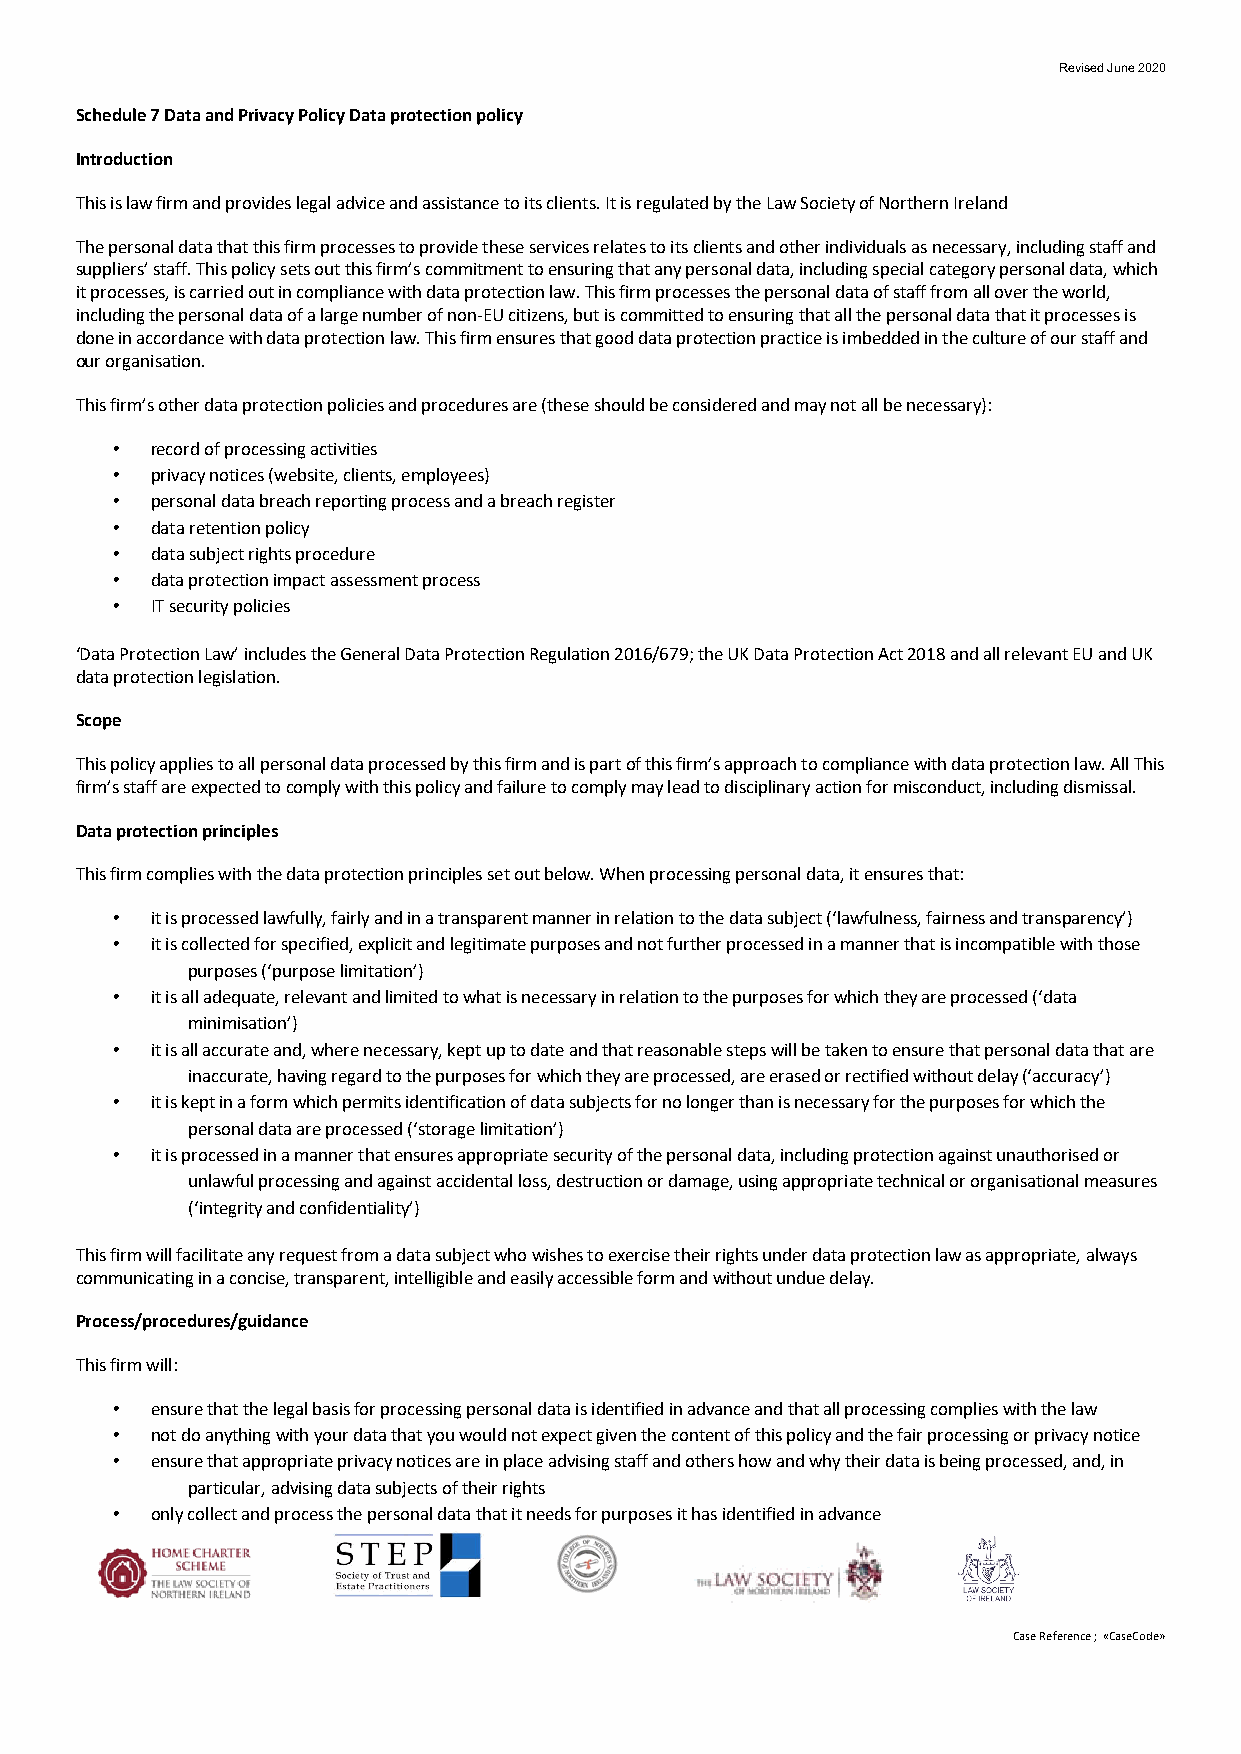
Revised June 2020
 Schedule 7 Data and Privacy Policy Data protection policy
 Introduction
 This is law firm and provides legal advice and assistance to its clients. It is regulated by the Law Society of Northern Ireland
 The personal data that this firm processes to provide these services relates to its clients and other individuals as necessary, including staff and
 suppliers’ staff. This policy sets out this firm’s commitment to ensuring that any personal data, including special category personal data, which
 it processes, is carried out in compliance with data protection law. This firm processes the personal data of staff from all over the world,
 including the personal data of a large number of non-EU citizens, but is committed to ensuring that all the personal data that it processes is
 done in accordance with data protection law. This firm ensures that good data protection practice is imbedded in the culture of our staff and
 our organisation.
 This firm’s other data protection policies and procedures are (these should be considered and may not all be necessary):
 •  record of processing activities
 •  privacy notices (website, clients, employees)
 •  personal data breach reporting process and a breach register
 •  data retention policy
 •  data subject rights procedure
 •  data protection impact assessment process
 •  IT security policies
 ‘Data Protection Law’ includes the General Data Protection Regulation 2016/679; the UK Data Protection Act 2018 and all relevant EU and UK
 data protection legislation.
 Scope
 This policy applies to all personal data processed by this firm and is part of this firm’s approach to compliance with data protection law. All This
 firm’s staff are expected to comply with this policy and failure to comply may lead to disciplinary action for misconduct, including dismissal.
 Data protection principles
 This firm complies with the data protection principles set out below. When processing personal data, it ensures that:
 •  it is processed lawfully, fairly and in a transparent manner in relation to the data subject (‘lawfulness, fairness and transparency’)
 •  it is collected for specified, explicit and legitimate purposes and not further processed in a manner that is incompatible with those
 purposes (‘purpose limitation’)
 •  it is all adequate, relevant and limited to what is necessary in relation to the purposes for which they are processed (‘data
 minimisation’)
 •  it is all accurate and, where necessary, kept up to date and that reasonable steps will be taken to ensure that personal data that are
 inaccurate, having regard to the purposes for which they are processed, are erased or rectified without delay (‘accuracy’)
 •  it is kept in a form which permits identification of data subjects for no longer than is necessary for the purposes for which the
 personal data are processed (‘storage limitation’)
 •  it is processed in a manner that ensures appropriate security of the personal data, including protection against unauthorised or
 unlawful processing and against accidental loss, destruction or damage, using appropriate technical or organisational measures
 (‘integrity and confidentiality’)
 This firm will facilitate any request from a data subject who wishes to exercise their rights under data protection law as appropriate, always
 communicating in a concise, transparent, intelligible and easily accessible form and without undue delay.
 Process/procedures/guidance
 This firm will:
 •  ensure that the legal basis for processing personal data is identified in advance and that all processing complies with the law
 •  not do anything with your data that you would not expect given the content of this policy and the fair processing or privacy notice
 •  ensure that appropriate privacy notices are in place advising staff and others how and why their data is being processed, and, in
 particular, advising data subjects of their rights
 •  only collect and process the personal data that it needs for purposes it has identified in advance
 Case Reference ; «CaseCode»